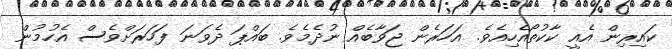
ކައިރިން އެއީ ކާކުތޯއެހިއެވެ. އަހަރެން ޖަވާބެއް ނުދެމެވެ. ބައްޕަ ދެވަނަ ފަހަރަށްވެސް އެހުމުން